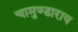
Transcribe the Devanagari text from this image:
चामुण्डाराय